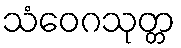
သံဝေဂသုတ္တ